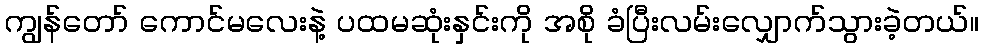
ကျွန်တော် ကောင်မလေးနဲ့ ပထမဆုံးနှင်းကို အစို ခံပြီးလမ်းလျှောက်သွားခဲ့တယ်။